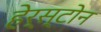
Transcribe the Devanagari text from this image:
हेर्स्टोन